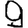
Digit: 9